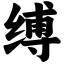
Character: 缚